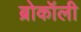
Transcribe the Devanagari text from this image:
ब्रोकॉली